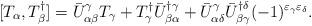
LaTeX: \begin{align*}[T_\alpha,T^\dagger_\beta]=\bar{U}^\gamma_{\alpha\beta}T_\gamma+T^\dagger_\gamma\bar{U}^{\dagger\gamma}_{\beta\alpha}+\bar{U}^\gamma_{\alpha\delta}\bar{U}^{\dagger\delta}_{\beta\gamma}(-1)^{\varepsilon_\gamma\varepsilon_\delta}.\end{align*}